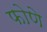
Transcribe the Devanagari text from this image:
फोणे